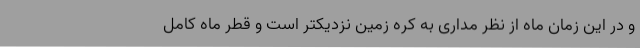
و در این زمان ماه از نظر مداری به کره زمین نزدیکتر است و قطر ماه کامل